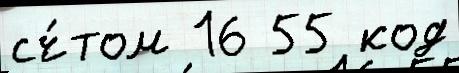
сч́том 16 55 код